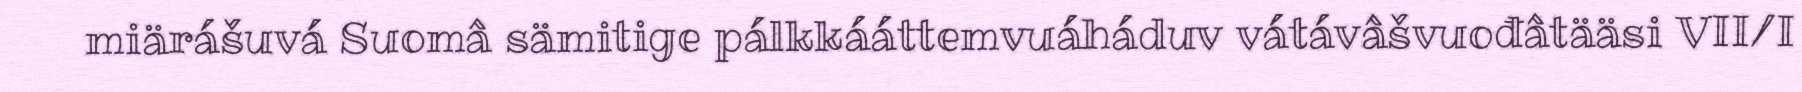
miärášuvá Suomâ sämitige pálkkááttemvuáháduv vátávâšvuođâtääsi VII/I